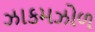
ઝાકમઝોળ